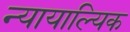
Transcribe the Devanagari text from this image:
न्यायाल्यिक